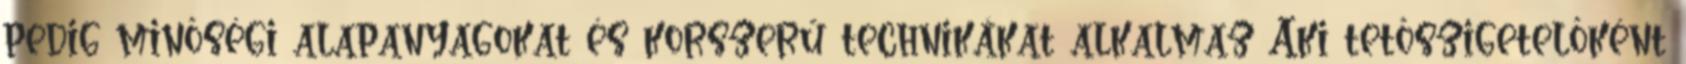
pedig minőségi alapanyagokat és korszerű technikákat alkalmaz Aki tetőszigetelőként